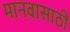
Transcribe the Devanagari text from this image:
मानवासाठी